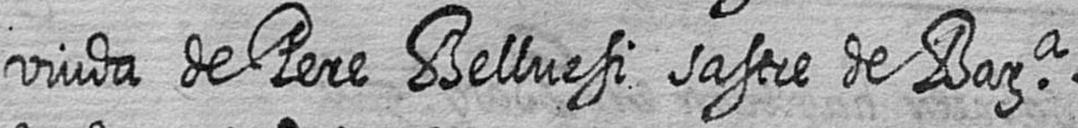
viuda de Pere Belluesi sastre de Bara